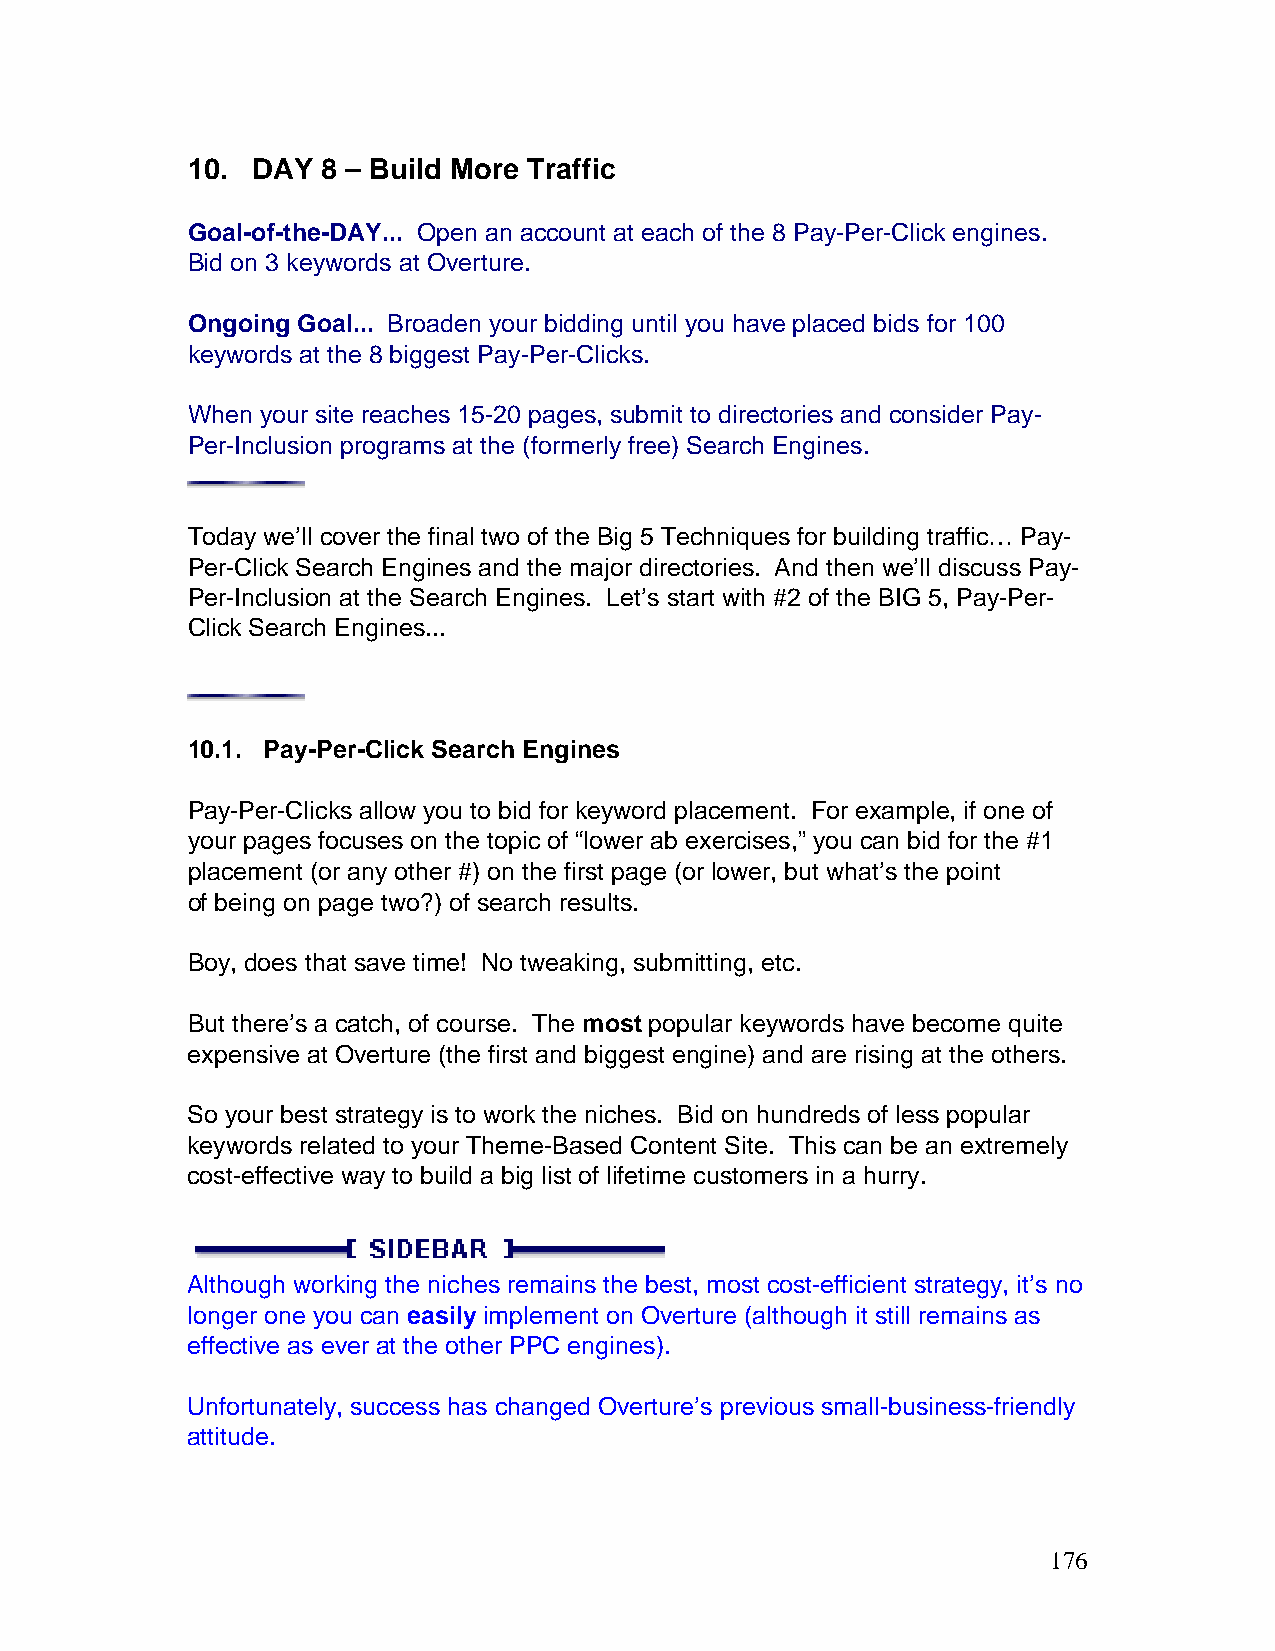
10.  DAY 8 – Build More Traffic
 Goal-of-the-DAY... Open an account at each of the 8 Pay-Per-Click engines.
 Bid on 3 keywords at Overture.
 Ongoing Goal... Broaden your bidding until you have placed bids for 100
 keywords at the 8 biggest Pay-Per-Clicks.
 When your site reaches 15-20 pages, submit to directories and consider Pay-
 Per-Inclusion programs at the (formerly free) Search Engines.
 Today we’ll cover the final two of the Big 5 Techniques for building traffic… Pay-
 Per-Click Search Engines and the major directories. And then we’ll discuss Pay-
 Per-Inclusion at the Search Engines. Let’s start with #2 of the BIG 5, Pay-Per-
 Click Search Engines...
 10.1. Pay-Per-Click Search Engines
 Pay-Per-Clicks allow you to bid for keyword placement. For example, if one of
 your pages focuses on the topic of “lower ab exercises,” you can bid for the #1
 placement (or any other #) on the first page (or lower, but what’s the point
 of being on page two?) of search results.
 Boy, does that save time! No tweaking, submitting, etc.
 But there’s a catch, of course. The most popular keywords have become quite
 expensive at Overture (the first and biggest engine) and are rising at the others.
 So your best strategy is to work the niches. Bid on hundreds of less popular
 keywords related to your Theme-Based Content Site. This can be an extremely
 cost-effective way to build a big list of lifetime customers in a hurry.
 Although working the niches remains the best, most cost-efficient strategy, it’s no
 longer one you can easily implement on Overture (although it still remains as
 effective as ever at the other PPC engines).
 Unfortunately, success has changed Overture’s previous small-business-friendly
 attitude.
 176